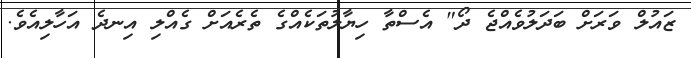
ޒައުލް ވަރަށް ބަދަލުވެއްޖެ ދޯ" އެސްތާ ހިޔާލުތަކެއްގެ ތެރެއަށް ގެއްލި އިނދެ އަހާލިއެވެ.